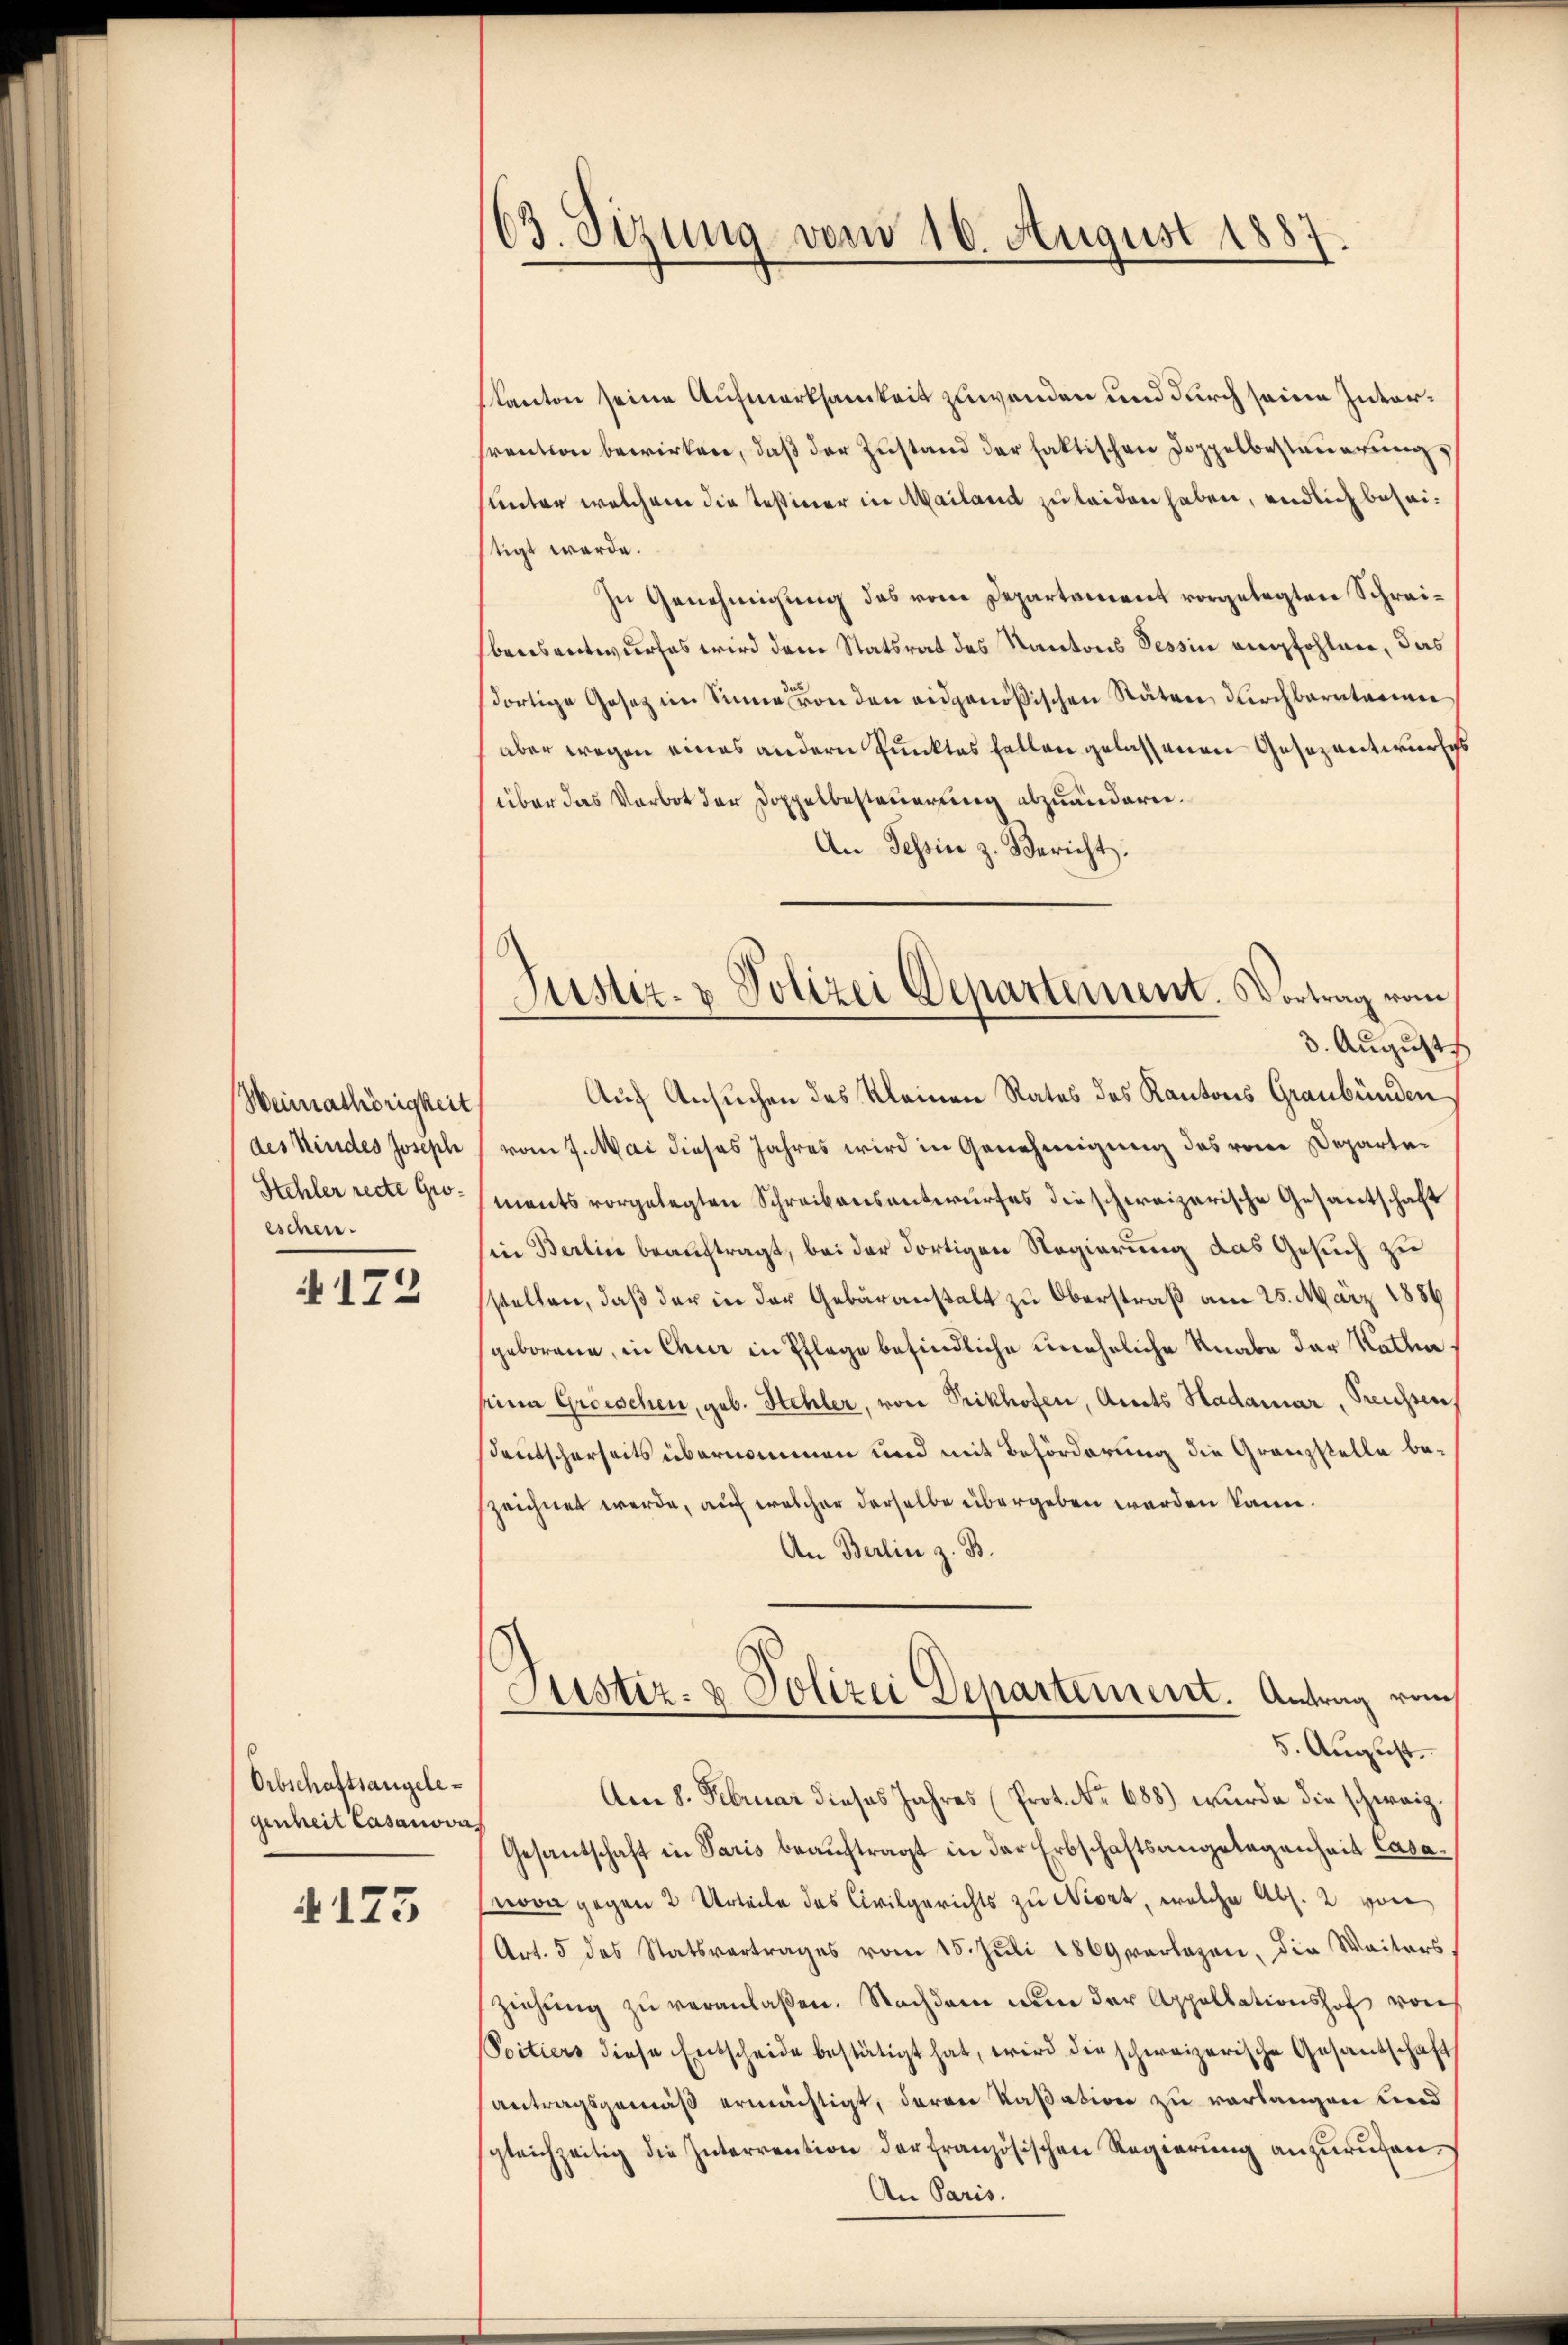
Weimathörigkeit
des Kindes Joseph
Stehler recte Groeschen.

4172

Orbschaftsangelegenheit Casanova

4175

63. Sizung vom 16. August 1887

kanton seine Aufmerksamkeit zuwenden und durch seine Intervention bewirken, daß der Zustand der faktischen Doppelbesteuerung
hunter welchem die Teßiner in Mailand zu leiden haben, endlich beseistigt werde.
In Genehmigung des vom Departement vorgelegten Schrei¬
Ebensentwurfes wird dem Statsrat des Kantons Tessin empfohlen, das
dortige Gesetz im Sinne von den eidgenößischen Stäten durchbaratorien
aber wegen eines andern Punktes fallen gelassenen Gesezentwurfes
über das Verbot der Doppelbesteuerung abzuändern.
An Tessin z. Bericht.
3. August
Auf Ansuchen des Kleinen Rates des Kantons Graubünden
vom 7. Mai dieses Jahres wird in Genehmigung des vom Departements vorgelegten Schreibensantwurfes die schweizerische Gesantschaft
(in Berlin beauftragt, bei der dortigen Regierung das Gesuch zu
sstellen, daß der in der Gebäranstalt zu Oberstraß am 25. März 1886
geborene, in Chur in Pflege befindliche uneheliche Knabe der Kathaseine Groischen, geb. Hehler, von Prikhofen, Amts Hadamer, Preussen.
sdeutscherseits übernommen und mit Beförderung die Granzstelle bezeichnet werde, auf welcher derselbe übergeben werden kann.
An Berlin z. B.
Justiz- & Polizei Departement. Antrag vom
5. August.
Am 8. Februar dieses Jahres (Prot. No 688) wurde die schweiz.
Gesantschaft in Paris beauftragt in der Erbschaftsangelegenheit Casanova gegen 2 Urteile des Civilgerichts zu Niort, welche Abs. 2 von
Art. 5 des Statsvertrages vom 15. Juli 1869 verlesen, die Weiters,
ziehung zu veranlaßen. Nachdem nun der Appellationshof von
Soitiers diese Entscheide bestätigt hat, wird die schweizerische Gesandschaft
antragsgemäß ermächtigt, deren Kassation zu verlangen und
gleichzeitig die Interrention der französischen Regierŭng anzurufen.
An Paris.

Justiz- & Polizei Departement. Vortrag vom